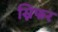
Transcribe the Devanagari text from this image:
स्निफर